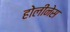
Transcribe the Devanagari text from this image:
होलीनेस